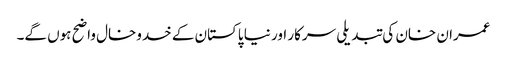
عمران خان کی تبدیلی سرکار اور نیا پاکستان کے خدوخال واضح ہوں گے۔